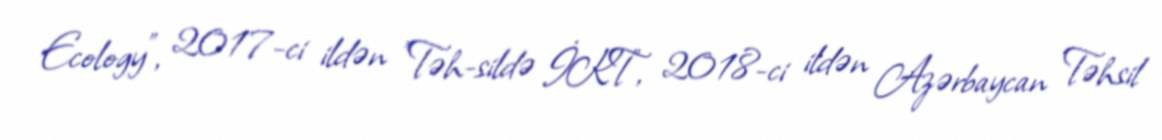
Ecology", 2017-ci ildən "Təh-sildə İKT", 2018-ci ildən Azərbaycan Təhsil